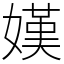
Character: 嫨